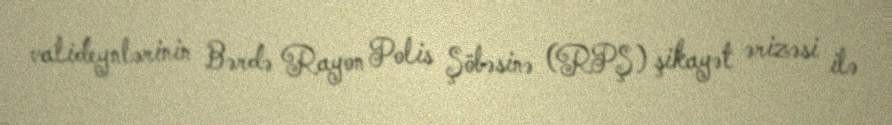
valideynlərinin Bərdə Rayon Polis Şöbəsinə (RPŞ) şikayət ərizəsi ilə